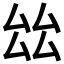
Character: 𠫬